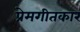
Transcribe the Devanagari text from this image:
प्रेमगीतकार